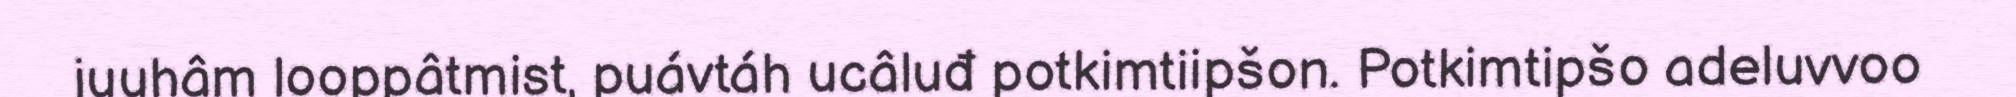
juuhâm looppâtmist, puávtáh ucâluđ potkimtiipšon. Potkimtipšo adeluvvoo